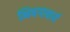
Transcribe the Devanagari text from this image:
भिषगाचार्य